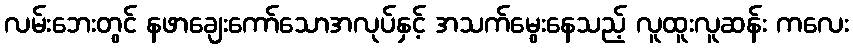
လမ်းဘေးတွင် နဖာချေးကော်သောအလုပ်နှင့် အသက်မွေးနေသည့် လူထူးလူဆန်း ကလေး